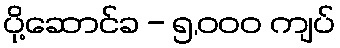
ပို့ဆောင်ခ - ၅,၀၀၀ ကျပ်